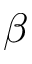
\beta